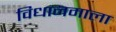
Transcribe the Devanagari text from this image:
विधानमाला